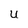
Character: U